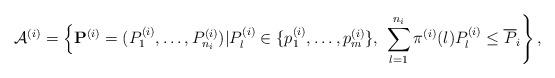
LaTeX: \begin{align*}\mathcal{A}^{(i)} = \left\{{\bf P}^{(i)}=(P^{(i)}_{1},\dots,P^{(i)}_{n_i})|P^{(i)}_l \in \{p_1^{(i)},\dots,p_m^{(i)}\},\right. \left. \sum_{l=1}^{n_i}\pi^{(i)}(l)P^{(i)}_l \leq \overline{P}_i \right\},\end{align*}